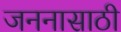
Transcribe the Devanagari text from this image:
जननासाठी